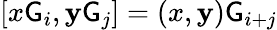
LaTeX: [x\mathsf{G}_{i},\mathbf{y}\mathsf{G}_{j}]=(x,\mathbf{y})\mathsf{G}_{i+j}